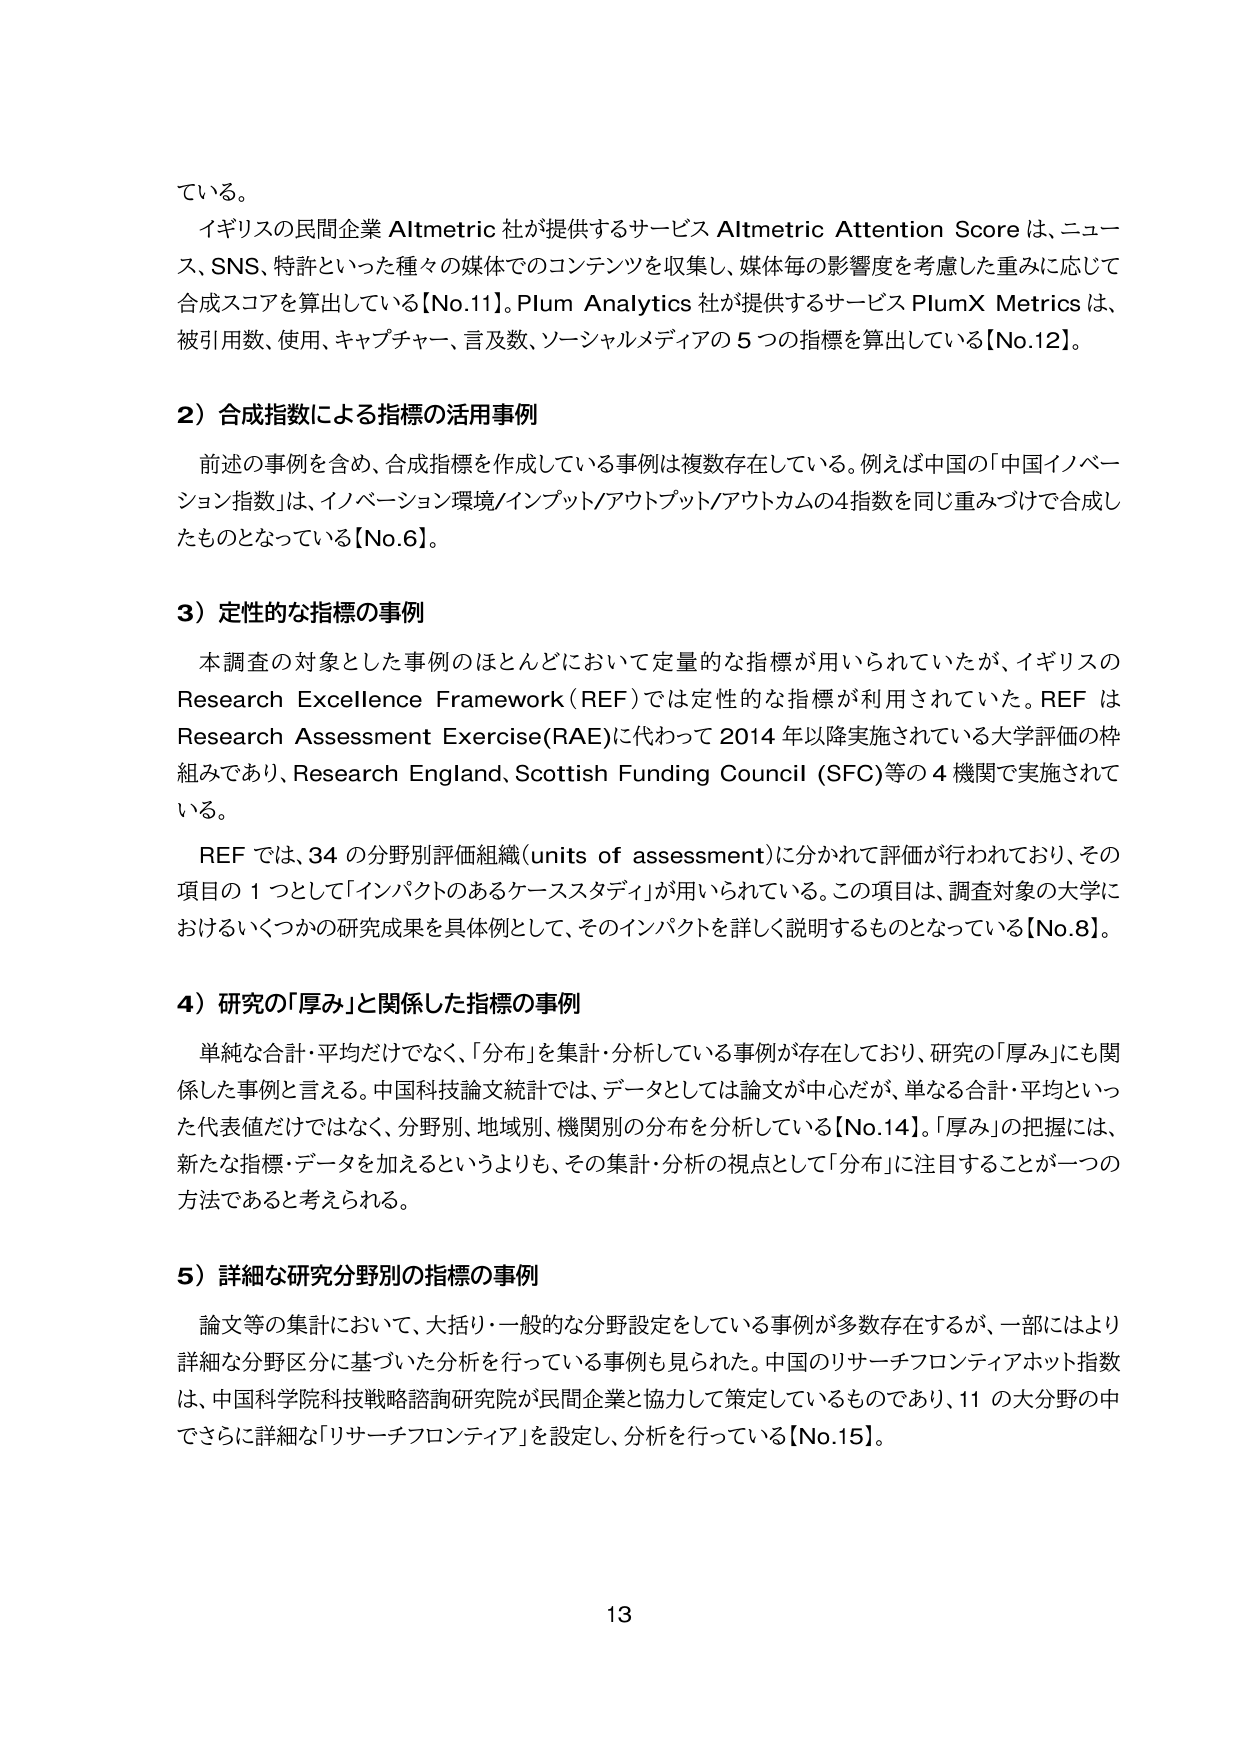
ている。

イギリスの民間企業 Altmetric 社が提供するサービス Altmetric Attention Score は、ニュース、SNS、特許といった種々の媒体でのコンテンツを収集し、媒体毎の影響度を考慮した重みに応じて合成スコアを算出している【No.11】。Plum Analytics 社が提供するサービス PlumX Metrics は、被引用数、使用、キャプチャー、言及数、ソーシャルメディアの 5 つの指標を算出している【No.12】。

2）合成指数による指標の活用事例

前述の事例を含め、合成指標を作成している事例は複数存在している。例えば中国の「中国イノベーション指数」は、イノベーション環境/インプット/アウトプット/アウトカムの4指数を同じ重みづけで合成したものとなっている【No.6】。

3）定性的な指標の事例

本調査の対象とした事例のほとんどにおいて定量的な指標が用いられていたが、イギリスの Research Excellence Framework (REF) では定性的な指標が利用されていた。REF は Research Assessment Exercise(RAE)に代わって 2014 年以降実施されている大学評価の枠組みであり、Research England, Scottish Funding Council (SFC)等の 4 機関で実施されている。

REF では、34 の分野別評価組織（units of assessment）に分かれて評価が行われており、その項目の 1 つとして「インパクトのあるケーススタディ」が用いられている。この項目は、調査対象の大学におけるいくつかの研究成果を具体例として、そのインパクトを詳しく説明するものとなっている【No.8】。

4）研究の「厚み」と関係した指標の事例

単純な合計・平均だけでなく、「分布」を集計・分析している事例が存在しており、研究の「厚み」にも関係した事例と言える。中国科技論文統計では、データとしては論文が中心だが、単なる合計・平均といった代表値だけではなく、分野別、地域別、機関別の分布を分析している【No.14】。「厚み」の把握には、新たな指標・データを加えるというよりも、その集計・分析の視点として「分布」に注目することが一つの方法であると考えられる。

5）詳細な研究分野別の指標の事例

論文等の集計において、大括り・一般的な分野設定をしている事例が多数存在するが、一部にはより詳細な分野区分に基づいた分析を行っている事例も見られた。中国のリサーチフロンティアホット指数は、中国科学院科技戦略諮詢研究院が民間企業と協力して策定しているものであり、11 の大分野の中でさらに詳細な「リサーチフロンティア」を設定し、分析を行っている【No.15】。

13